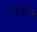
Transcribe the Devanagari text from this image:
नारायणांची